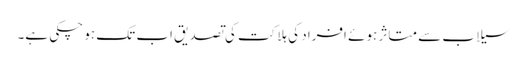
سیلاب سے متاثر ہوئے افراد کی ہلاکت کی تصدیق اب تک ہو چکی ہے۔